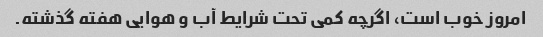
امروز خوب است، اگرچه کمی تحت شرایط آب و هوایی هفته گذشته.